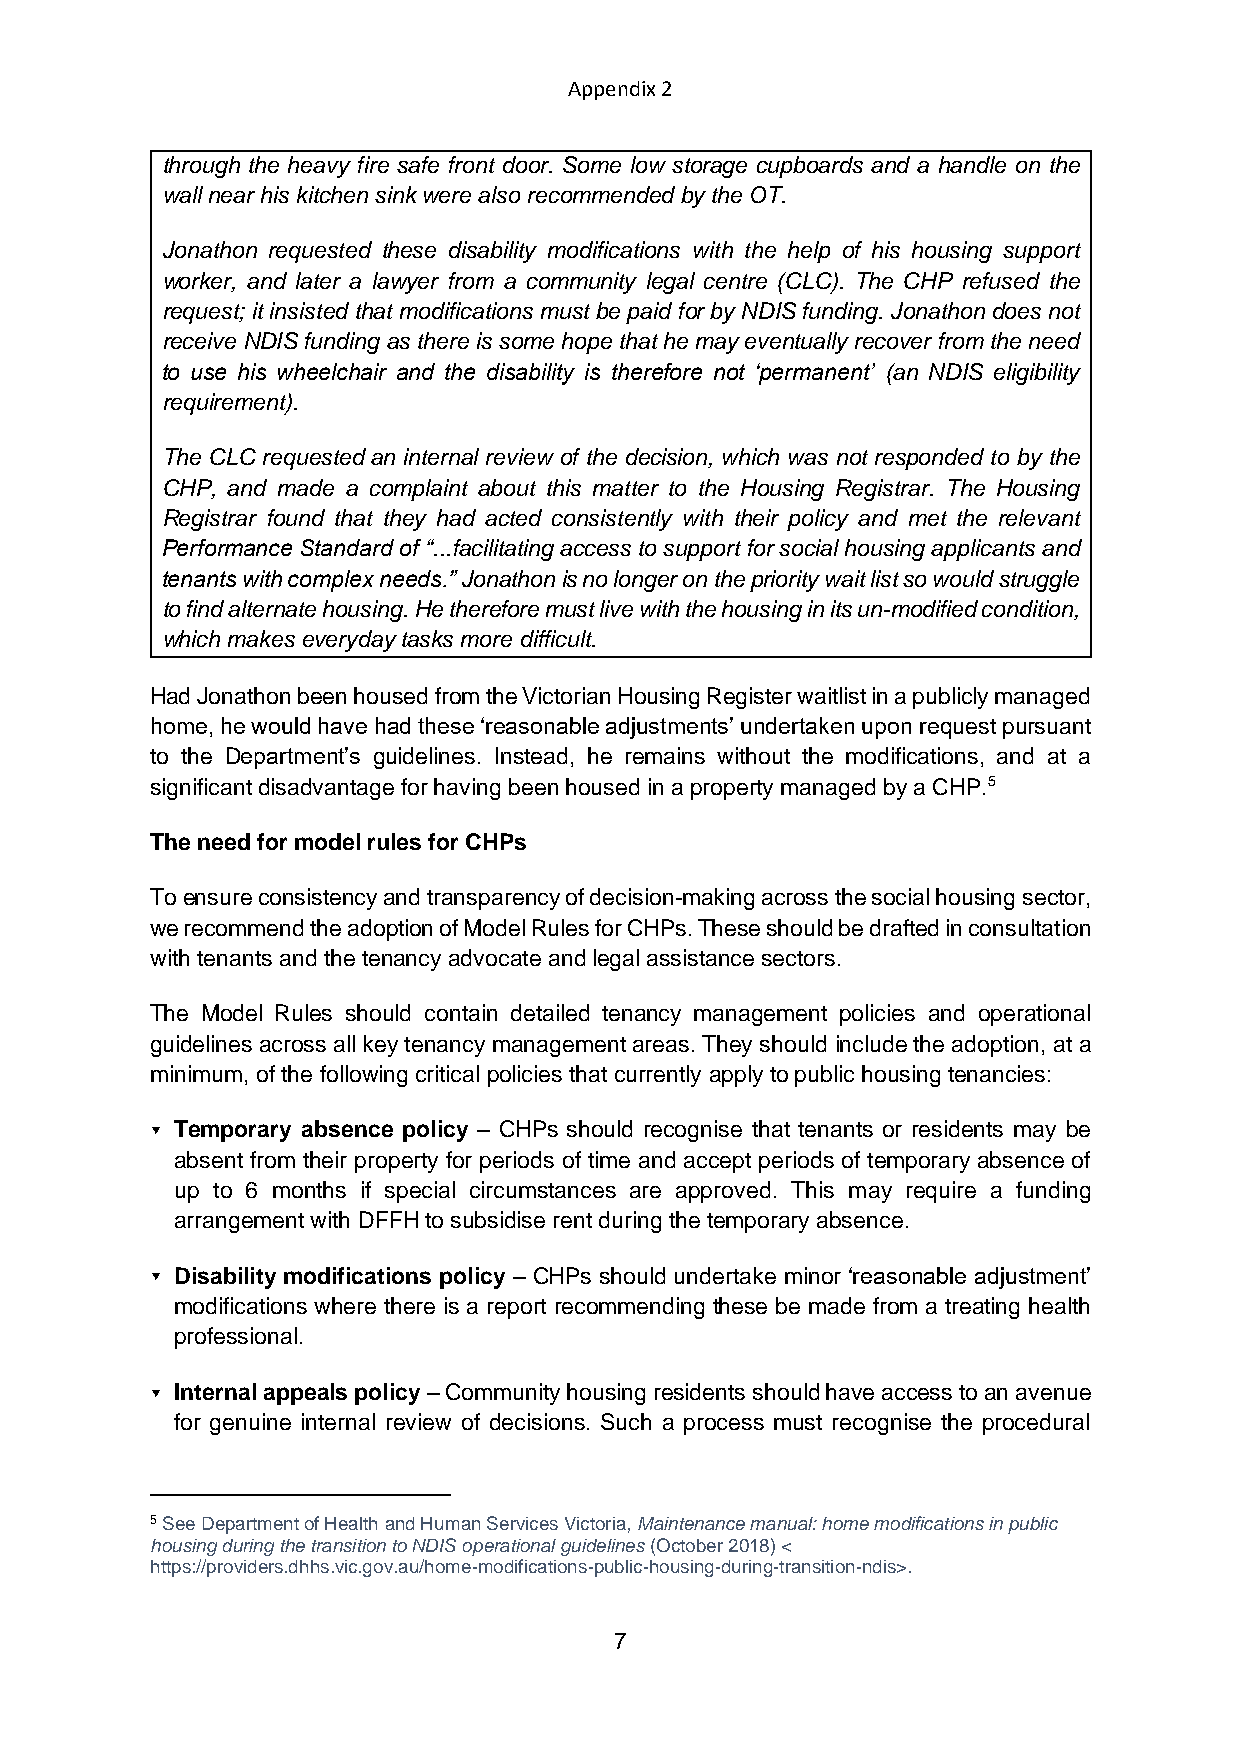
Appendix 2
 through the heavy fire safe front door. Some low storage cupboards and a handle on the
 wall near his kitchen sink were also recommended by the OT.
 Jonathon requested these disability modifications with the help of his housing support
 worker, and later a lawyer from a community legal centre (CLC). The CHP refused the
 request; it insisted that modifications must be paid for by NDIS funding. Jonathon does not
 receive NDIS funding as there is some hope that he may eventually recover from the need
 to use his wheelchair and the disability is therefore not ‘permanent’ (an NDIS eligibility
 requirement).
 The CLC requested an internal review of the decision, which was not responded to by the
 CHP, and made a complaint about this matter to the Housing Registrar. The Housing
 Registrar found that they had acted consistently with their policy and met the relevant
 Performance Standard of “...facilitating access to support for social housing applicants and
 tenants with complex needs.” Jonathon is no longer on the priority wait list so would struggle
 to find alternate housing. He therefore must live with the housing in its un-modified condition,
 which makes everyday tasks more difficult.
 Had Jonathon been housed from the Victorian Housing Register waitlist in a publicly managed
 home, he would have had these ‘reasonable adjustments’ undertaken upon request pursuant
 to the Department’s guidelines. Instead, he remains without the modifications, and at a
 significant disadvantage for having been housed in a property managed by a CHP.5
 The need for model rules for CHPs
 To ensure consistency and transparency of decision-making across the social housing sector,
 we recommend the adoption of Model Rules for CHPs. These should be drafted in consultation
 with tenants and the tenancy advocate and legal assistance sectors.
 The Model Rules should contain detailed tenancy management policies and operational
 guidelines across all key tenancy management areas. They should include the adoption, at a
 minimum, of the following critical policies that currently apply to public housing tenancies:
  Temporary absence policy – CHPs should recognise that tenants or residents may be
 absent from their property for periods of time and accept periods of temporary absence of
 up to 6 months if special circumstances are approved. This may require a funding
 arrangement with DFFH to subsidise rent during the temporary absence.
  Disability modifications policy – CHPs should undertake minor ‘reasonable adjustment’
 modifications where there is a report recommending these be made from a treating health
 professional.
  Internal appeals policy – Community housing residents should have access to an avenue
 for genuine internal review of decisions. Such a process must recognise the procedural
 5 See Department of Health and Human Services Victoria, Maintenance manual: home modifications in public
 housing during the transition to NDIS operational guidelines (October 2018) <
 https://providers.dhhs.vic.gov.au/home-modifications-public-housing-during-transition-ndis>.
 7